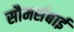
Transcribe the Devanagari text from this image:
सौमर्सबाई